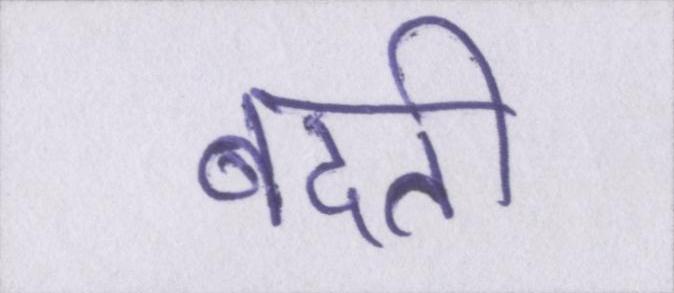
बदती